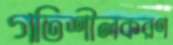
গতিশীলকরণ